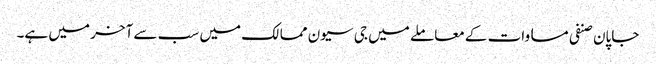
جاپان صنفی مساوات کے معاملے میں جی سیون ممالک میں سب سے آخر میں ہے۔